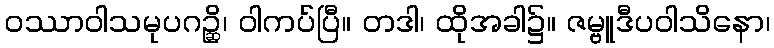
ဝဿာဝါသမုပဂဉ္ဆိ၊ ဝါကပ်ပြီ။ တဒါ၊ ထိုအခါ၌။ ဇမ္ဗူဒီပဝါသိနော၊